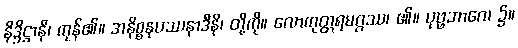
နိဒ္ဒိဋ္ဌာနိ၊ ကုန်၏။ အနိစ္စနုပဿနာဒီနိ၊ တို့ကို။ လောကုတ္တရမဂ္ဂဿ၊ ၏။ ပုဗ္ဗဘာဂေ၊ ၌။